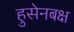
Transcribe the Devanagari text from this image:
हुसेनबक्ष